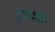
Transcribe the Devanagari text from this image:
दृढवतः